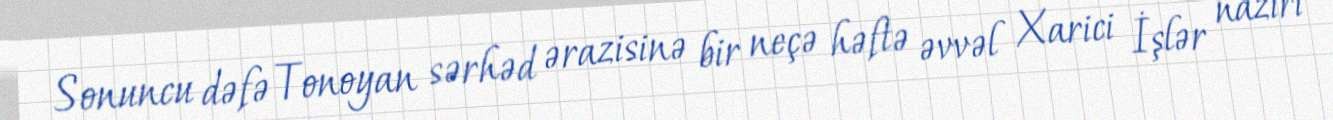
Sonuncu dəfə Tonoyan sərhəd ərazisinə bir neçə həftə əvvəl Xarici İşlər naziri